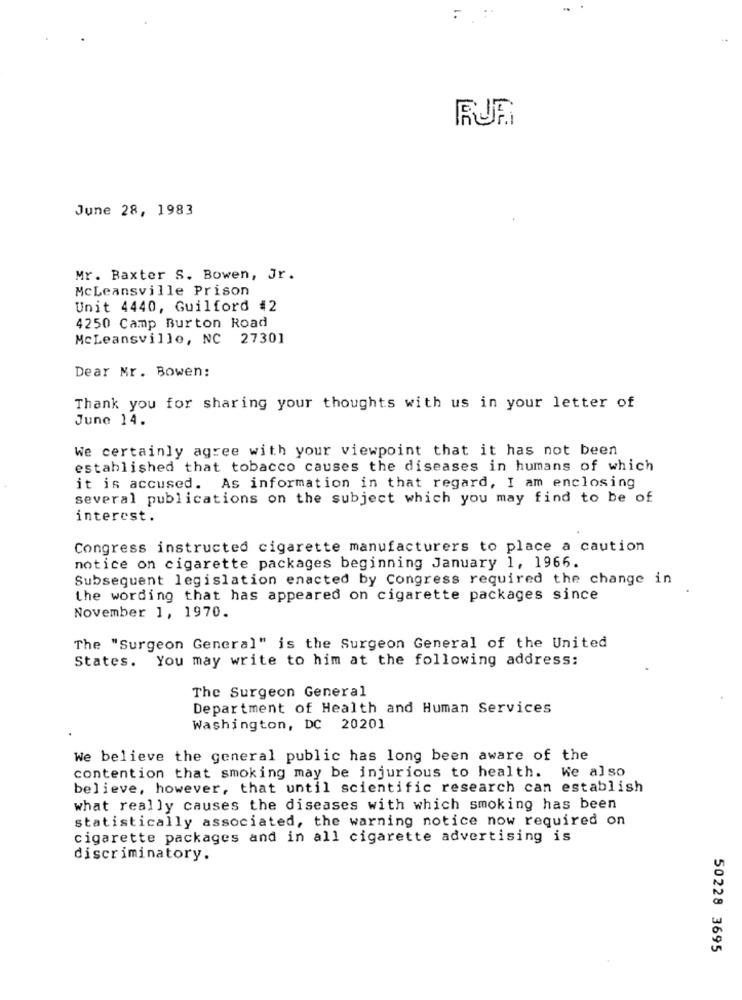
RUF
June 28, 1983
Mr. Baxter S. Bowen, Jr.
McLeansville Prison
Unit 4440, Guilford #2
4250 Camp Burton Road
McLeansville, NC 27301
Dear Mr. Bowen:
Thank you for sharing your thoughts with us in your letter of
June 14.
We certainly agree with your viewpoint that it has not been
established that tobacco causes the diseases in humans of which
it is accused. As information in that regard, I am enclosing
several publications on the subject which you may find to be of
interest.
Congress instructed cigarette manufacturers to place a caution
notice on cigarette packages beginning January 1, 1966.
Subsequent legislation enacted by Congress required the change in
the wording that has appeared on cigarette packages since
November 1, 1970.
The "Surgeon General" is the Surgeon General of the United
States. You may write to him at the following address:
The Surgeon General
Department of Health and Human Services
Washington, DC 20201
We believe the general public has long been aware of the
contention that smoking may be injurious to health. We also
believe, however, that until scientific research can establish
what really causes the diseases with which smoking has been
statistically associated, the warning notice now required on
cigarette packages and in all cigarette advertising is
discriminatory.
50228 3695